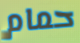
حمام